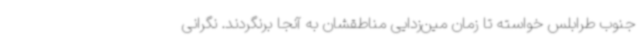
جنوب طرابلس خواسته تا زمان مین‌زدایی مناطقشان به آنجا برنگردند. نگرانی